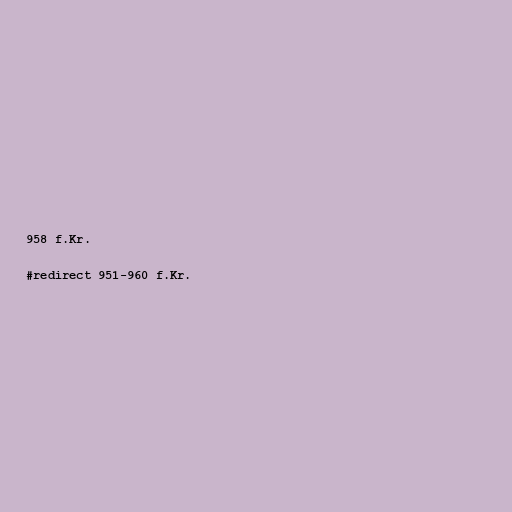
958 f.Kr.

#redirect 951-960 f.Kr.